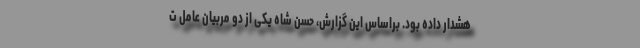
هشدار داده بود. براساس این گزارش، حسن شاه یکی از دو مربیان عامل ت